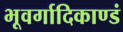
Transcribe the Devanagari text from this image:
भूवर्गादिकाण्डं